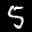
Label: 5